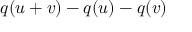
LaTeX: q ( u + v ) - q ( u ) - q ( v )